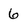
Character: 6